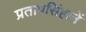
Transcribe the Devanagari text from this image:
प्रतापसिंहानें